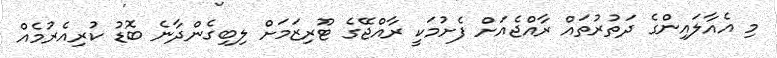
މި އެއާލައިންގެ ދަތުރުތައް ރާއްޖެއަށް ފެށުމަކީ ރާއްޖޭގެ ޓޫރިޒަމަށް ލިބިގެންދާނެ ބޮޑު ކުރިއެރުމެއް